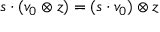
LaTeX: s \cdot ( v _ { 0 } \otimes z ) = ( s \cdot v _ { 0 } ) \otimes z